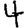
Digit: 4